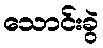
သောင်းခွဲ